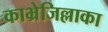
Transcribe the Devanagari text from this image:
काभ्रेजिल्लाका